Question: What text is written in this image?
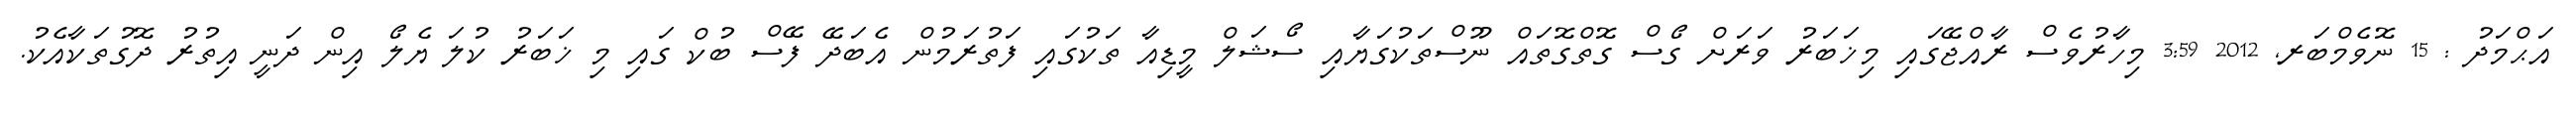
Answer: އަޙްމަދު : 15 ނޮވެމްބަރ, 2012 3:59 މިހާރުވެސް ރާއްޖޭގައި މިޚަބަރު ވަރަށް ގޯސް ގޮތްގޮތައް ނޫސްތަކުގަޔާއި ސޯޝަލް މީޑިއާ ތަކުގައި ފަތުރަމުން އެބަދޭ ފޭސް ބުކް ގައި މި ޚަބަރު ކުލަ ޔެލޯ އިން ދަނީ އިތުރު ދޮގުތަކާއެކު.